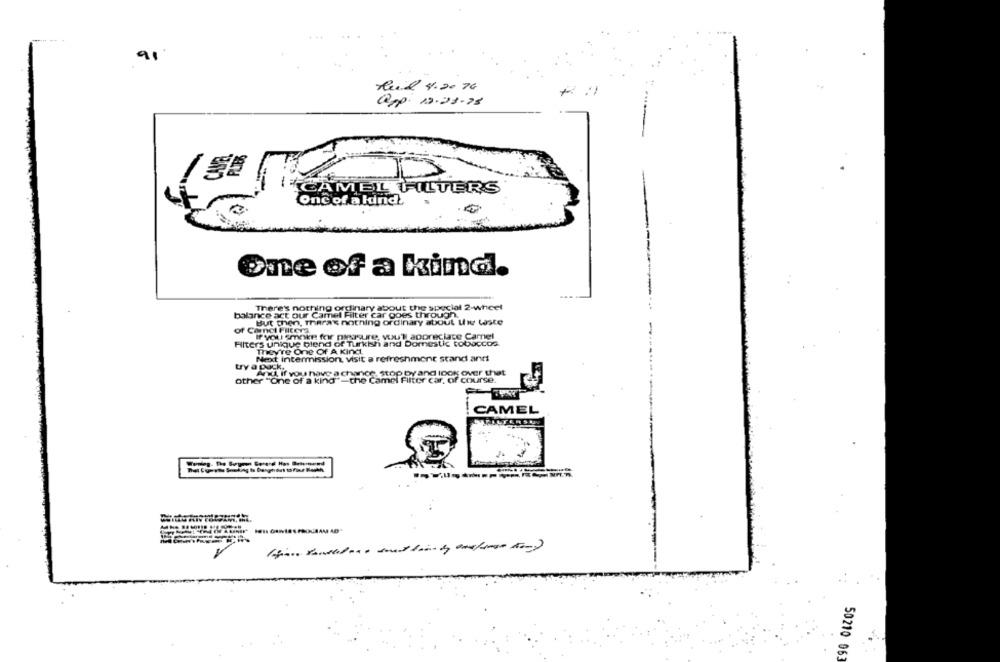
91
Reid 4.20 76
app. 12.23.75
CAMEL FILTERS
One of a kind
One of a kind.
There's nothing ordinary about the special 2-wheel
balance act our Camel Filter car goes through.
But then, Theras nothing ordinary about the taste
of Carnet Filtera
If you smoke for pleasure, you'll appreciate Camel
Filters unique blend of Turkish and Domestic tobaccos
They're One Of A Kind.
Next intermission, visit a refreshment stand anr
try a pack.
Anti If you have a chance, stop by and look over that
other "One of a kind"=the Camel Filter car, of course.
CAMEL
50210 063